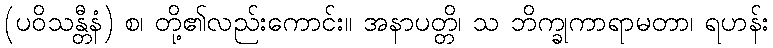
(ပဝိသန္တီနံ) စ၊ တို့၏လည်းကောင်း။ အနာပတ္တိ၊ သ ဘိက္ခုကာရာမတာ၊ ရဟန်း